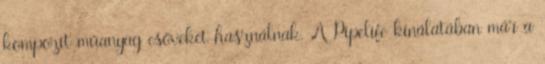
kompozit műanyag csöveket használnak. A Pipelife kínálatában már a